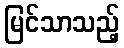
မြင်သာသည့်